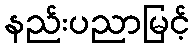
နည်းပညာမြင့်